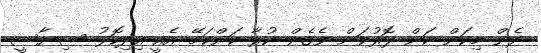
ދެން މިކަން ކަން ފޮރުވަން ވެގެން ކުރާ ކަންކަމޭ އެއީ އިދިކޮޅު ސިޔާސީ